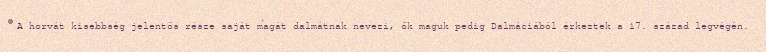
A horvát kisebbség jelentős része saját magát dalmátnak nevezi, ők maguk pedig Dalmáciából érkeztek a 17. század legvégén.